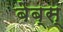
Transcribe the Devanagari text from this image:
बेब्स्